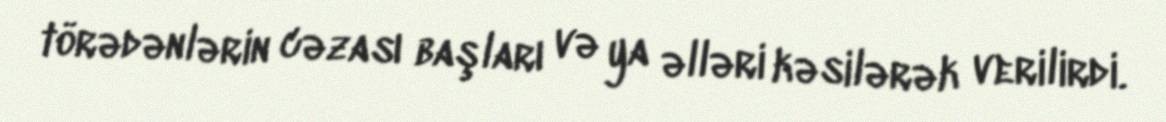
törədənlərin cəzası başları və ya əlləri kəsilərək verilirdi.